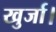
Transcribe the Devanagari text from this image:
खुर्जा।